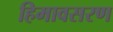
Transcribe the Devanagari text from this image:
हिमावसरण